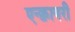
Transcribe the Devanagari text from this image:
एन्क्वायरी